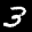
Label: 3